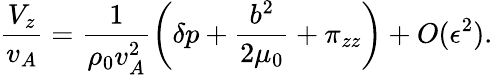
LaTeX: \frac{V_{z}}{v_{A}}=\frac{1}{\rho_{0}v_{A}^{2}}\left(\delta p+\frac{b^{2}}{2\mu_{0}}+\pi_{zz}\right)+O(\epsilon^{2}).